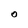
Character: 0